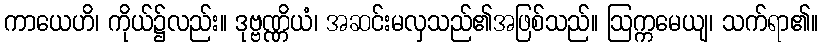
ကာယေဟိ၊ ကိုယ်၌လည်း။ ဒုဗ္ဗဏ္ဏိယံ၊ အဆင်းမလှသည်၏အဖြစ်သည်။ ဩက္ကမေယျ၊ သက်ရာ၏။